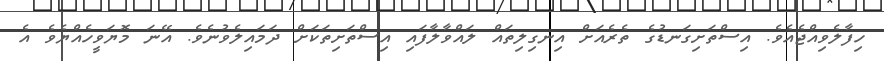
ހިފާލެވިއްޖެއެވެ. އިސްތަށިގަނޑުގެ ތެރެއަށް އިނގިލިތައް ލައްވާލާފައި އިސްތަށިތަކަށް ދަމައިލެވުނެވެ. އޭނަ މޮޔަވީހެއްޔެވެ އެ